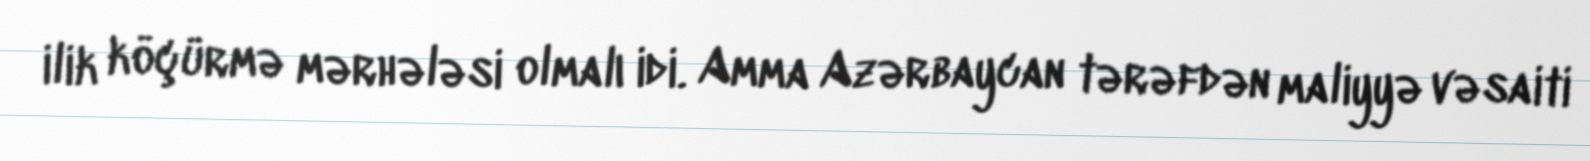
ilik köçürmə mərhələsi olmalı idi. Amma Azərbaycan tərəfdən maliyyə vəsaiti